Burma Government Medical School reports 1907-22
Year: 1907
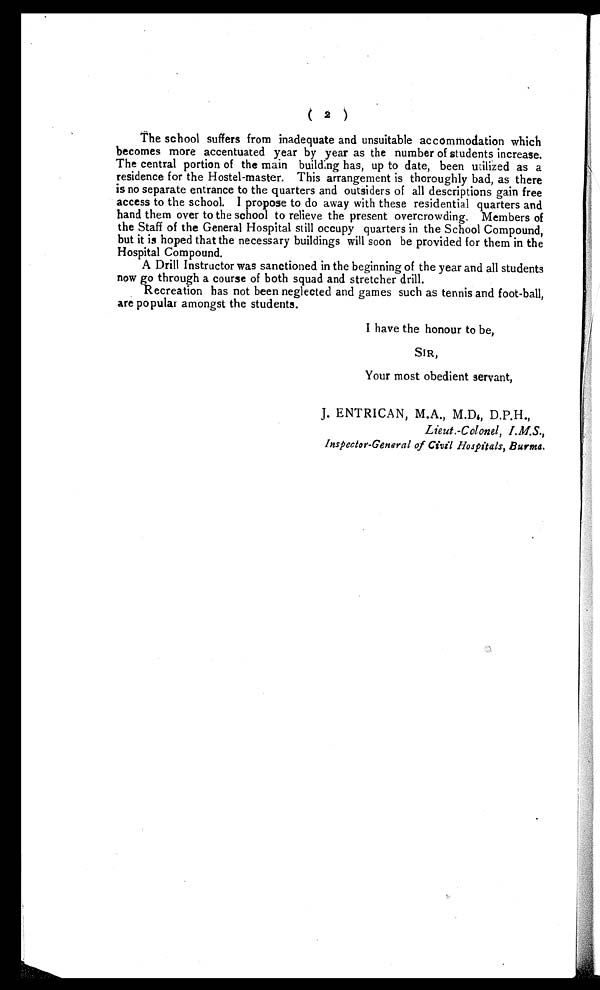
( 2 )
The school suffers from inadequate and unsuitable accommodation which
becomes more accentuated year by year as the number of students increase.
The central portion of the main building has, up to date, been utilized as a
residence for the Hostel-master. This arrangement is thoroughly bad, as there
is no separate entrance to the quarters and outsiders of all descriptions gain free
access to the school. I propose to do away with these residential quarters and
hand them over to the school to relieve the present overcrowding. Members of
the Staff of the General Hospital still occupy quarters in the School Compound,
but it is hoped that the necessary buildings will soon be provided for them in the
Hospital Compound.
A Drill Instructor was sanctioned in the beginning of the year and all students
now go through a course of both squad and stretcher drill.
Recreation has not been neglected and games such as tennis and foot-ball,
are popular amongst the students.
I have the honour to be,
SIR,
Your most obedient servant,
J. ENTRICAN, M.A., M.D., D.P.H.,
Lieut.-Colonel, I.M.S.,
Inspector-General of Civil Hospitals, Burma.